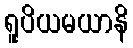
ရူပိယမယာနိ